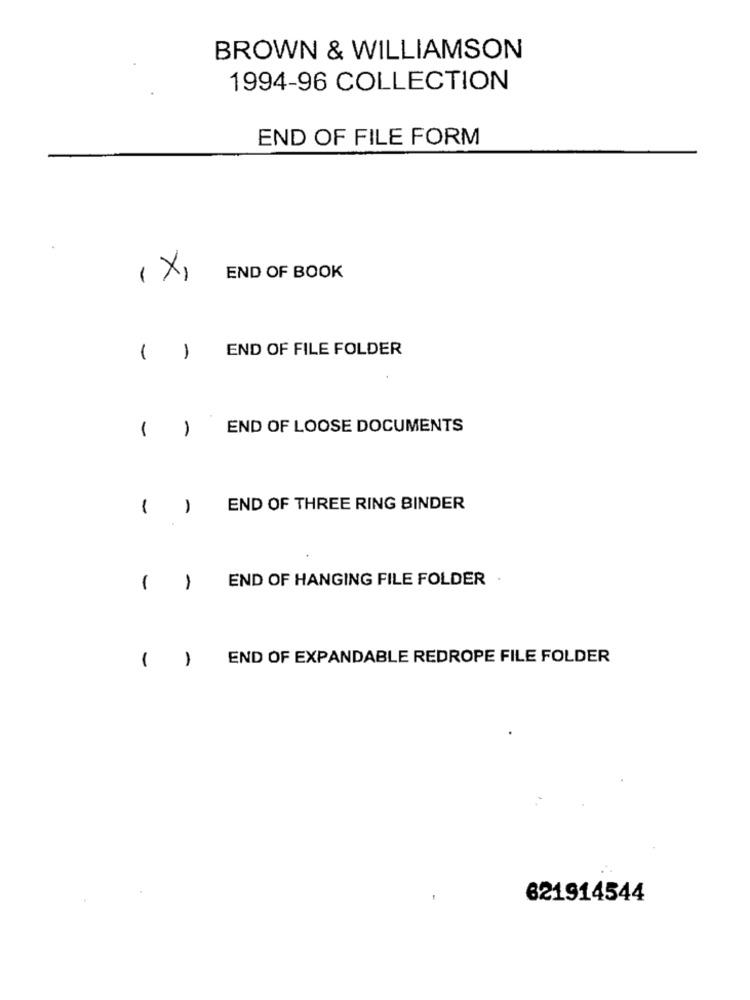
BROWN & WILLIAMSON
1994-96 COLLECTION
END OF FILE FORM
(X)
END OF BOOK
END OF FILE FOLDER
( )
1
END OF LOOSE DOCUMENTS
1
1
END OF THREE RING BINDER
END OF HANGING FILE FOLDER
1
1
( )
END OF EXPANDABLE REDROPE FILE FOLDER
621914544